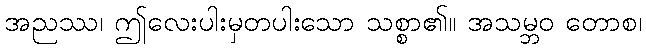
အညဿ၊ ဤလေးပါးမှတပါးသော သစ္စာ၏။ အသမ္ဘဝ တောစ၊